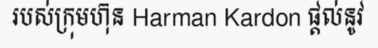
របស់ក្រុមហ៊ុន Harman Kardon ផ្តល់នូវ